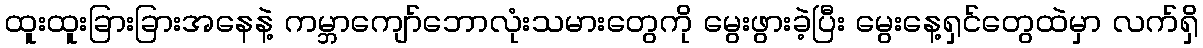
ထူးထူးခြားခြားအနေနဲ့ ကမ္ဘာကျော်ဘောလုံးသမားတွေကို မွေးဖွားခဲ့ပြီး မွေးနေ့ရှင်တွေထဲမှာ လက်ရှိ